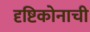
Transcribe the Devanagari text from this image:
दृष्टिकोनाची